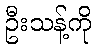
ဦးသန့်ကို